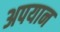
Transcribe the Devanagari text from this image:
अपयान